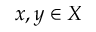
x , y \in X